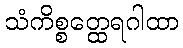
သံကိစ္စတ္ထေရဂါထာ